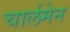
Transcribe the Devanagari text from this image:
चार्लमेन